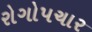
રોગોપચાર